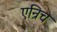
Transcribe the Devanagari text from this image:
एन्रिच